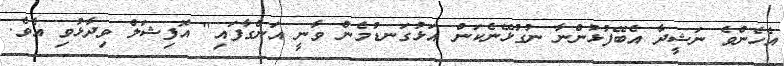
އެހެންވެ ނަޝީދާ އެބޭފުޅުންނާ ނުގުޅޭނެކަން އަޅުގަނޑުމެން ވާނީ އަންގާފައި" އޮފިޝަލް ވިދާޅުވި އެވެ.